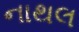
નાથલ